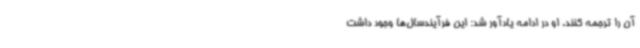
آن را ترجمه کنند. او در ادامه یادآور شد: این فرآیندسال‌ها وجود داشت